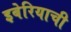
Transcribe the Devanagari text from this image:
इबेरियाची